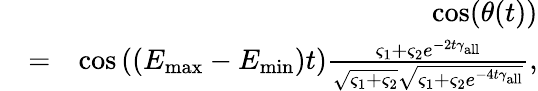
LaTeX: \begin{array}{rlr}&{}&{\cos(\theta(t))}\\ &{=}&{\cos\left((E_{\operatorname*{max}}-E_{\operatorname*{min}})t\right)\frac{\varsigma_{1}+\varsigma_{2}e^{-2t\gamma_{\mathrm{all}}}}{\sqrt{\varsigma_{1}+\varsigma_{2}}\sqrt{\varsigma_{1}+\varsigma_{2}e^{-4t\gamma_{\mathrm{all}}}}},}\end{array}